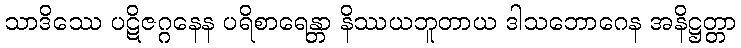
သာဒိဿေ ပဋိဇဂ္ဂနေန ပရိစာရေန္တာ နိဿယဘူတာယ ဒါသဘောဂေန အနိဋ္ဌတ္တာ